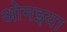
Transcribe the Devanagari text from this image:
ओमइया